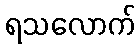
ရသလောက်